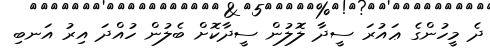
ދެ މީހުންގެ ޢައުރަ ސީދާ ލޮލުން ސީދާކޮށް ބެލުން ހުއްދަ އިރު އަނބި